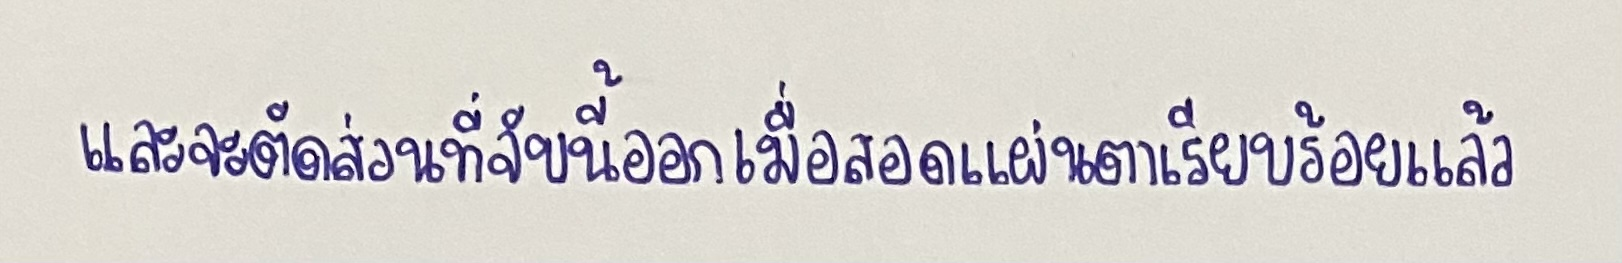
และจะตัดส่วนที่จับนี้ออกเมื่อสอดแผ่นตาเรียบร้อยแล้ว